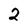
Character: 2